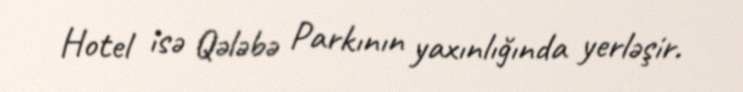
Hotel isə Qələbə Parkının yaxınlığında yerləşir.